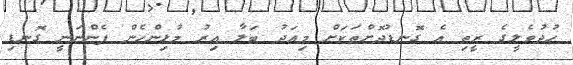
ހުދުވެލީގެ ރީތި އެ ގޮނޑުދޮށްތަކަށް މިއަދު ބަލާ އިރު މުޅިންހެން ފެންނަނީ ގޮނޑި